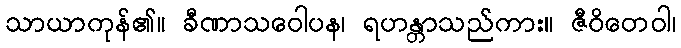
သာယာကုန်၏။ ခီဏာသဝေါပန၊ ရဟန္တာသည်ကား။ ဇီဝိတေဝါ၊